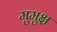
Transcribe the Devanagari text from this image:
मुुमुक्ष